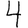
Digit: 4